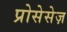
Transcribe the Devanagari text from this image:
प्रोसेसेज़